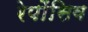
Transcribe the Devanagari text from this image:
रेपोंसिव